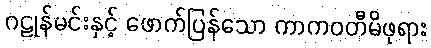
ဂဠုန်မင်းနှင့် ဖောက်ပြန်သော ကာကဝတီမိဖုရား